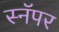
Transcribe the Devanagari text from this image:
स्नॅपर